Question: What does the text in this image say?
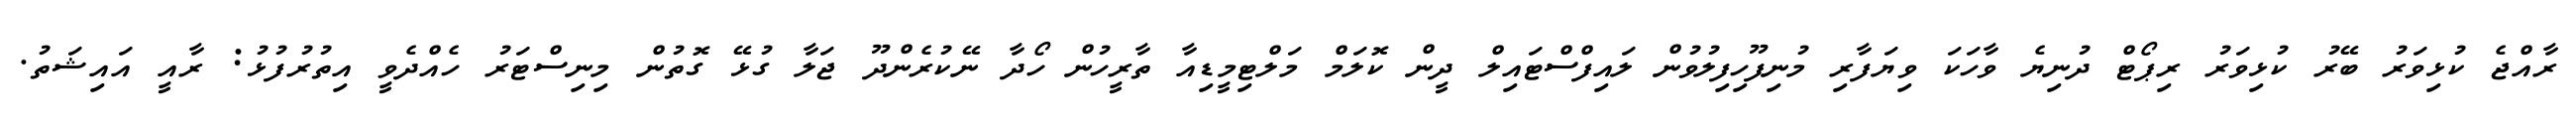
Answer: ރާއްޖެ ކުޅިވަރު ބޭރު ކުޅިވަރު ރިޕޯޓް ދުނިޔެ ވާހަކަ ވިޔަފާރި މުނިފޫހިފިލުވުން ލައިފްސްޓައިލް ދީން ކޮލަމް މަލްޓިމީޑިއާ ތާރީހުން ހޯދާ ނޭކުރެންދޫ ޖަލާ ގުޅޭ ގޮތުން މިނިސްޓަރު ހެއްދެވީ އިތުރުފުޅު: ރާއީ އައިޝަތު.